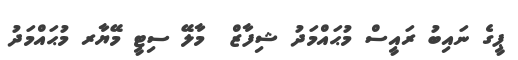
ޕީގެ ނައިބު ރައީސް މުޙައްމަދު ޝިފާޒް  މާލޭ ސިޓީ މޭޔާރ މުޙައްމަދު